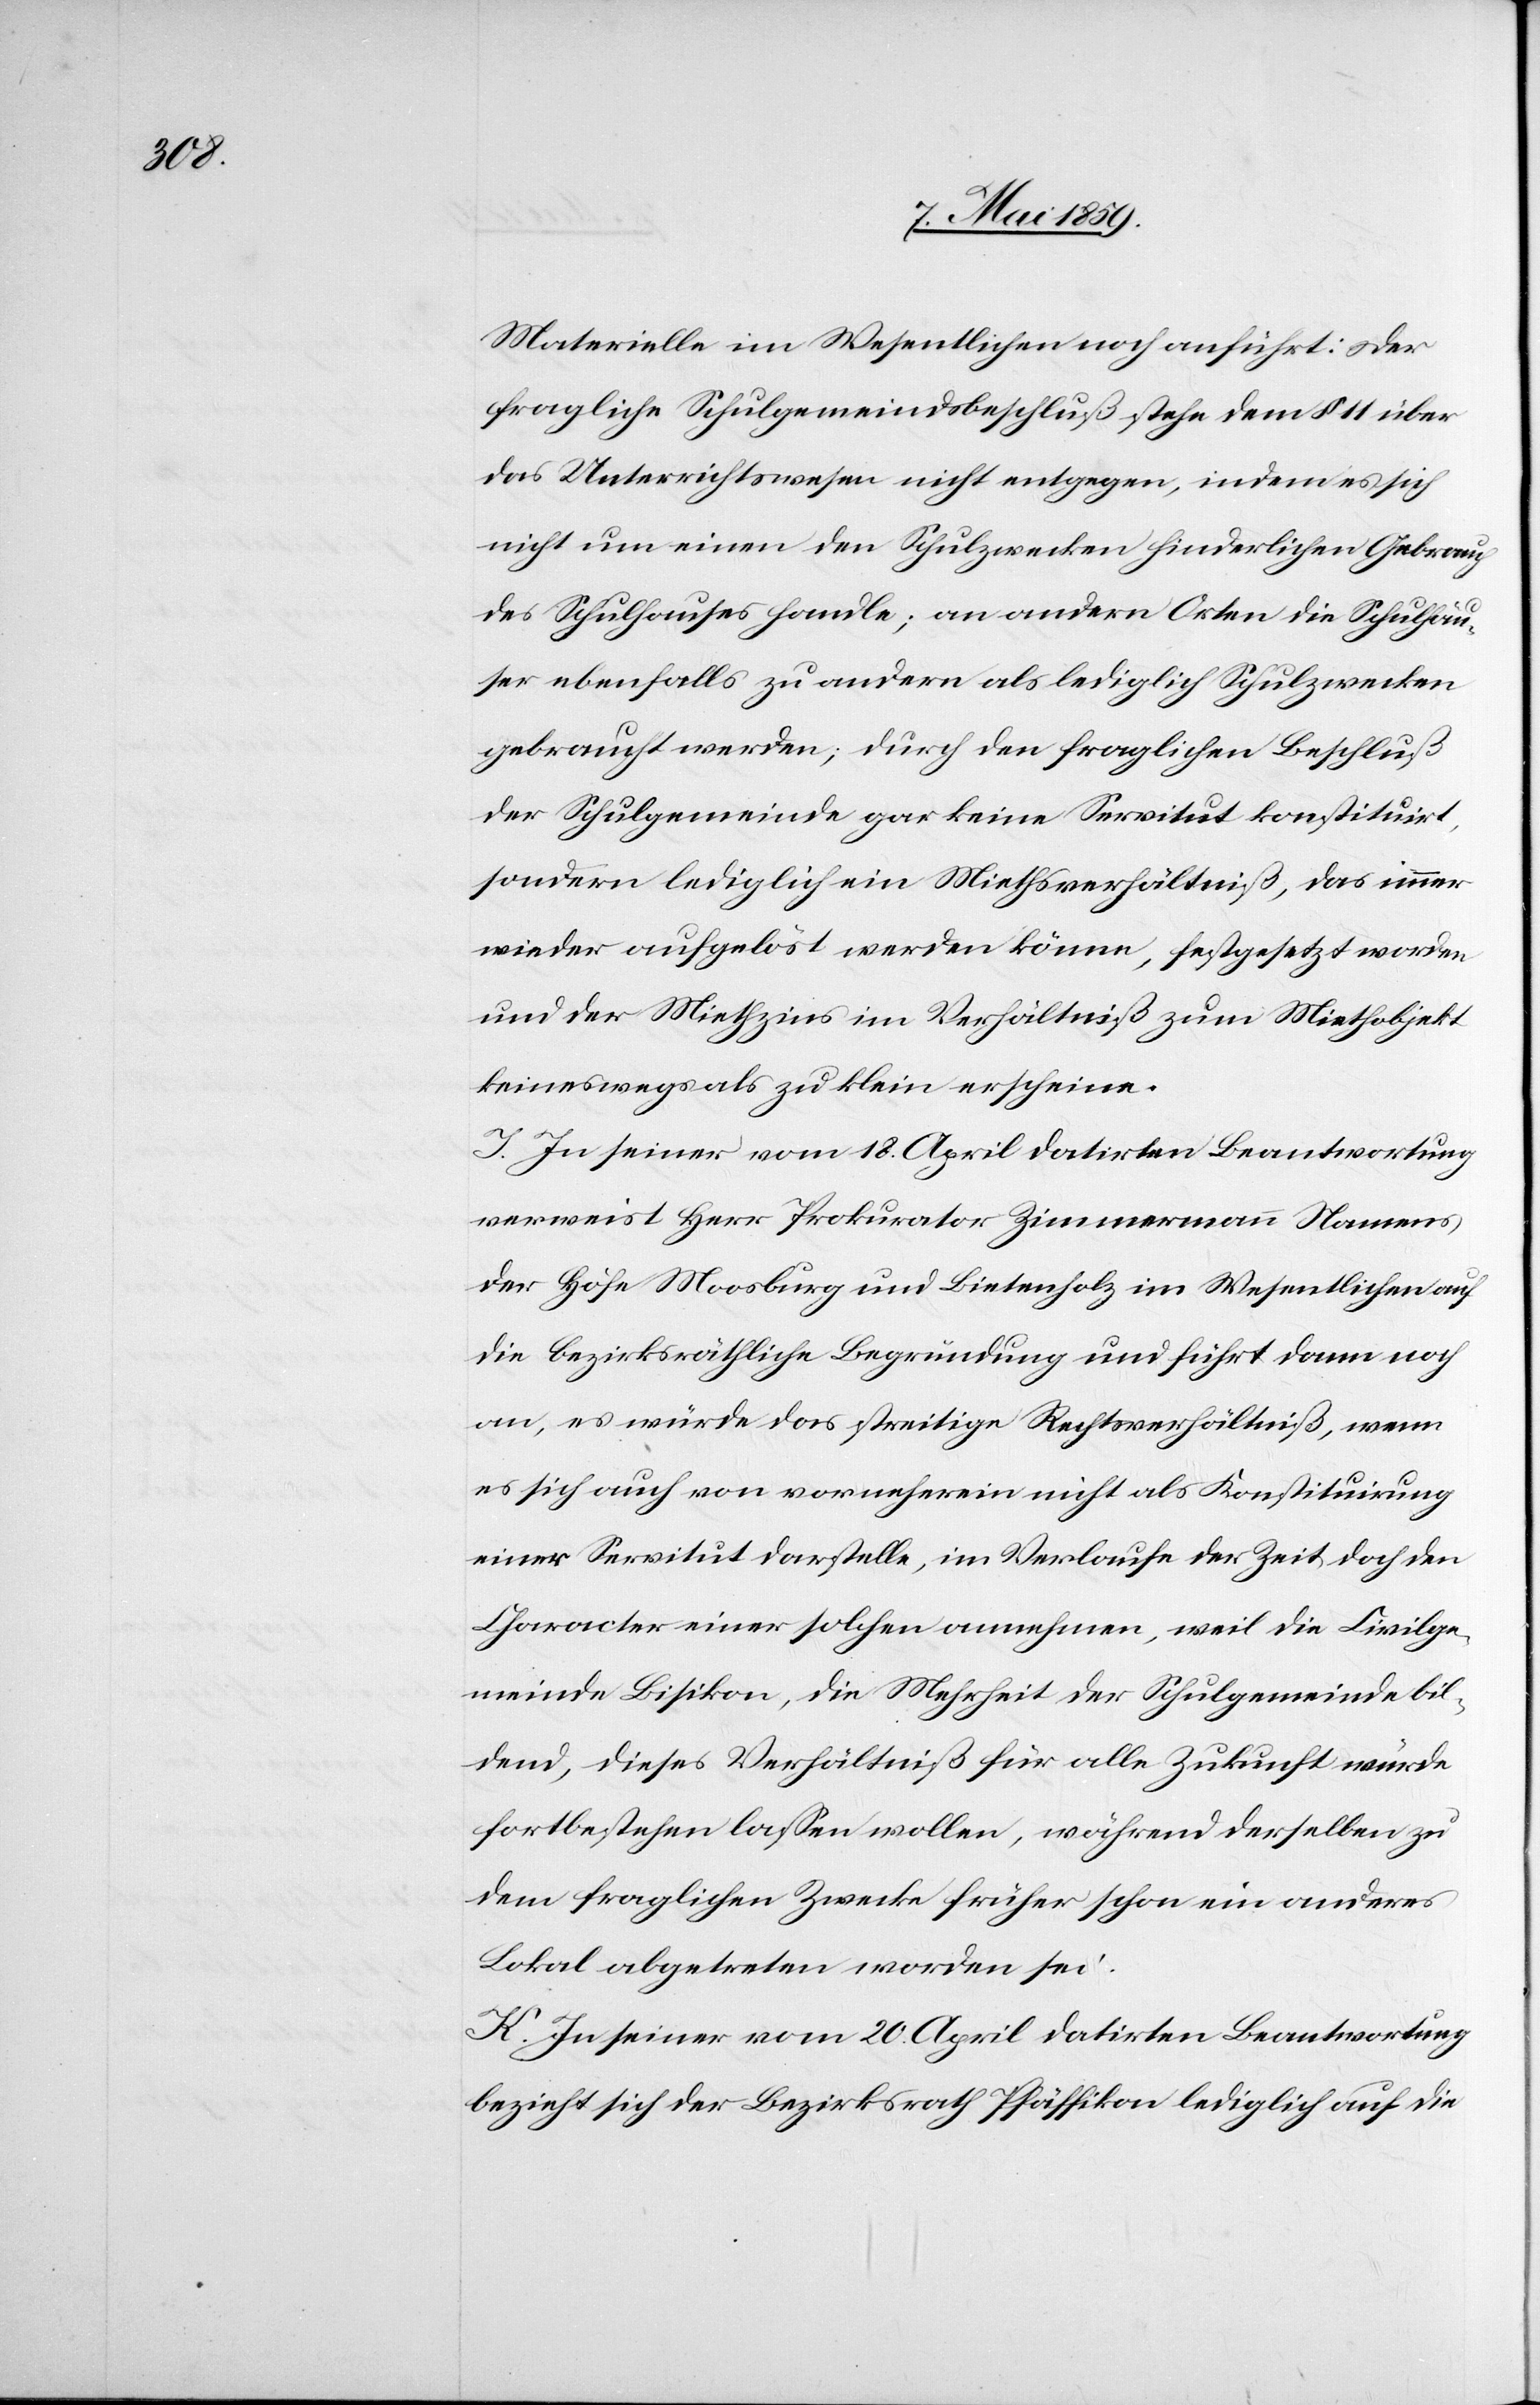
Materielle im Wesentlichen noch anführt: Der
fragliche Schulgemeindsbeschluß stehe dem § 11 über
das Unterrichtswesen nicht entgegen, indem es sich
nicht um einen den Schulzwecken hinderlichen Gebrauch
des Schulhauses handle; an andern Orten die Schulhäu¬
ser ebenfalls zu andern als lediglich Schulzwecken
gebraucht werden; durch den fraglichen Beschluß
der Schulgemeinde gar keine Servitut konstituirt,
sondern lediglich ein Miethsverhältniß, das immer
wieder aufgelöst werden könne, festgesetzt worden
und der Miethzins im Verhältniß zum Miethobjekt
keineswegs als zu klein erscheine.
J. In seiner vom 18. April datirten Beantwortung
verweist Herr Prokurator Zimmermann Namens
der Höfe Moosburg und Bietenholz im Wesentlichen auf
die bezirksräthliche Begründung und führt dann noch
an, es würde das streitige Rechtsverhältniß, wenn
es sich auch von vorneherein nicht als Konstituirung
einer Servitut darstelle, im Verlaufe der Zeit doch den
Character einer solchen annehmen, weil die Civilge¬
meinde Bisikon, die Mehrheit der Schulgemeinde bil¬
dend, dieses Verhältniß für alle Zukunft würde
fortbestehen laßen wollen, während derselben zu
dem fraglichen Zwecke früher schon ein anderes
Lokal abgetreten worden sei.
K. In seiner vom 20. April datirten Beantwortung
bezieht sich der Bezirksrath Pfäffikon lediglich auf die